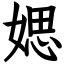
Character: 媤